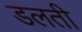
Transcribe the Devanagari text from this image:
डलती